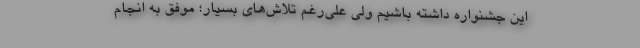
این جشنواره داشته‌ باشیم ولی علی‌رغم تلاش‌های بسیار؛ موفق به انجام